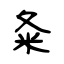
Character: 夈